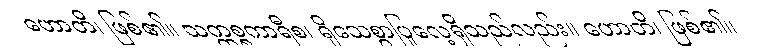
ဟောတိ၊ ဖြစ်၏။ သက္ကစ္စကာရီစ၊ ရိုသေစွာပြုလေ့ရှိသည်လည်း။ ဟောတိ၊ ဖြစ်၏။